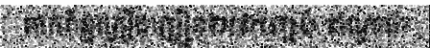
ពាក់ព័ន្ធគ្រឿងញៀន២៧កញ្ចប់ ឥណ្ឌាថា